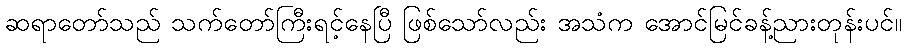
ဆရာတော်သည် သက်တော်ကြီးရင့်နေပြီ ဖြစ်သော်လည်း အသံက အောင်မြင်ခန့်ညားတုန်းပင်။